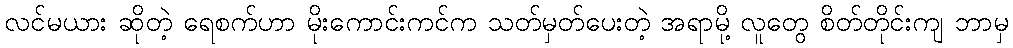
လင်မယား ဆိုတဲ့ ရေစက်ဟာ မိုးကောင်းကင်က သတ်မှတ်ပေးတဲ့ အရာမို့ လူတွေ စိတ်တိုင်းကျ ဘာမှ